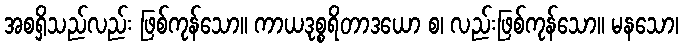
အစရှိသည်လည်း ဖြစ်ကုန်သော။ ကာယဒုစ္စရိတာဒယော စ၊ လည်းဖြစ်ကုန်သော။ မနသော၊